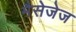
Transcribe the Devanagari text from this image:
मैसेजेज